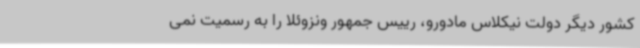
کشور دیگر دولت نیکلاس مادورو، رییس جمهور ونزوئلا را به رسمیت نمی